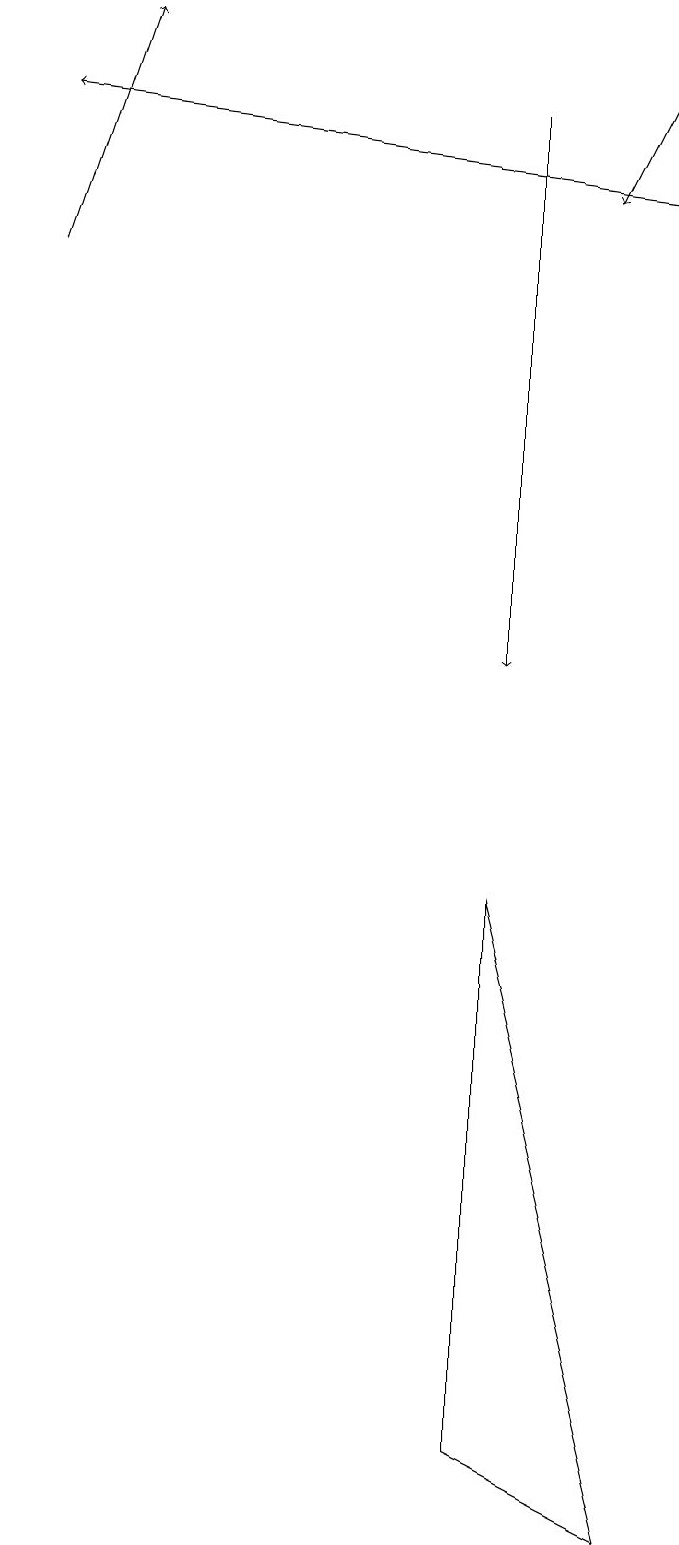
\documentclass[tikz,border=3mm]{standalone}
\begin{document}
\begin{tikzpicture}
\draw[->] (6,18) -- (6,11);
\draw (6,1) -- (8,0) -- (6,8) -- cycle;
\draw[->] (0,16) -- (1,19);
\draw[->] (8,17) -- (0,18);
\draw[->] (8,19) -- (7,17);
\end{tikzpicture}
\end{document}